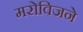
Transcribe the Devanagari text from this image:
मरोविजने